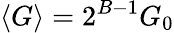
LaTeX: \langle G\rangle=2^{B-1}G_{0}